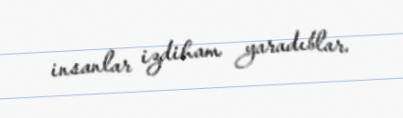
insanlar izdiham yaradıblar.